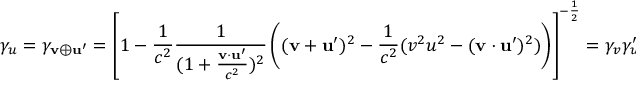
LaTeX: \gamma _ { u } = \gamma _ { \mathbf { v } \oplus \mathbf { u } ^ { \prime } } = \left[ 1 - { \frac { 1 } { c ^ { 2 } } } { \frac { 1 } { ( 1 + { \frac { \mathbf { v } \cdot \mathbf { u } ^ { \prime } } { c ^ { 2 } } } ) ^ { 2 } } } \left( ( \mathbf { v } + \mathbf { u } ^ { \prime } ) ^ { 2 } - { \frac { 1 } { c ^ { 2 } } } ( v ^ { 2 } u ^ { 2 } - ( \mathbf { v } \cdot \mathbf { u } ^ { \prime } ) ^ { 2 } ) \right) \right] ^ { - { \frac { 1 } { 2 } } } = \gamma _ { v } \gamma _ { u } ^ { \prime } \left( 1 + { \frac { \mathbf { v } \cdot \mathbf { u } ^ { \prime } } { c ^ { 2 } } } \right) , \quad \quad \gamma _ { u } ^ { \prime } = \gamma _ { v } \gamma _ { u } \left( 1 - { \frac { \mathbf { v } \cdot \mathbf { u } } { c ^ { 2 } } } \right)